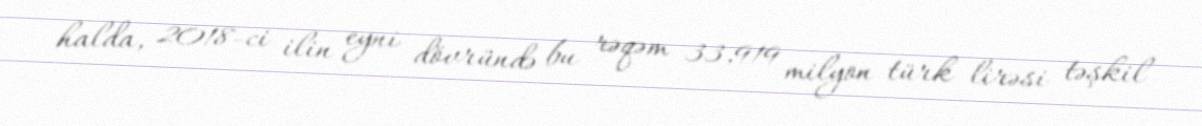
halda, 2018-ci ilin eyni dövründə bu rəqəm 33,919 milyon türk lirəsi təşkil